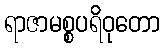
ရာဇာမစ္စပရိဝုတော